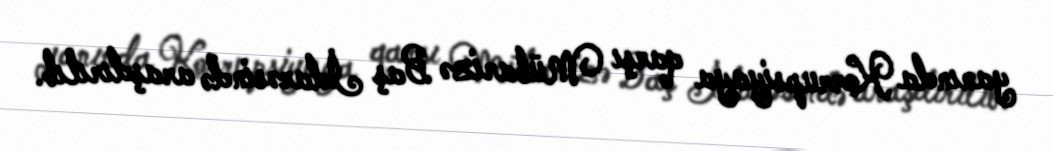
yanında Korrupsiyaya qarşı Mübarizə Baş İdarəsində araşdırılıb.